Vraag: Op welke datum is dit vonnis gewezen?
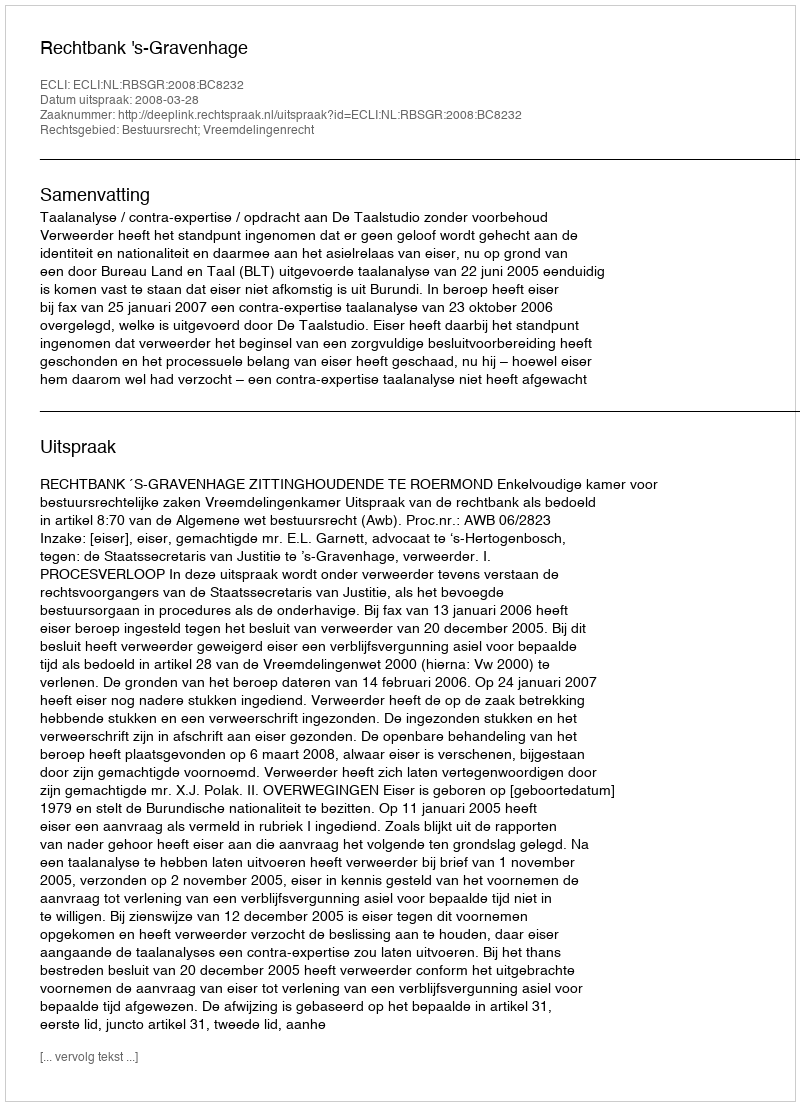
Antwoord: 2008-03-28